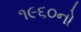
૧૯૬૦નો